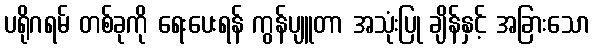
ပရိုဂရမ် တစ်ခုကို ရေးပေးရန် ကွန်ပျူတာ အသုံးပြု ချိန်နှင့် အခြားသော